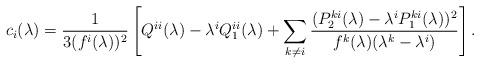
LaTeX: \begin{align*} c_i(\lambda) = \frac{1}{3(f^i(\lambda))^2}\left[ Q^{ii}(\lambda)- \lambda^i Q^{ii}_1(\lambda) + \sum_{k \neq i} \frac{(P_2^{ki}(\lambda)-\lambda^i P_1^{ki}(\lambda))^2}{f^k(\lambda)(\lambda^k - \lambda^i)} \right].\end{align*}